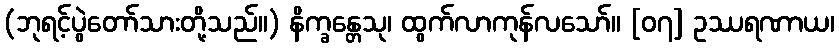
(ဘုရင့်ပွဲတော်သားတို့သည်။) နိက္ခန္တေသု၊ ထွက်လာကုန်လသော်။ [၀၇] ဥဿရဏာယ၊